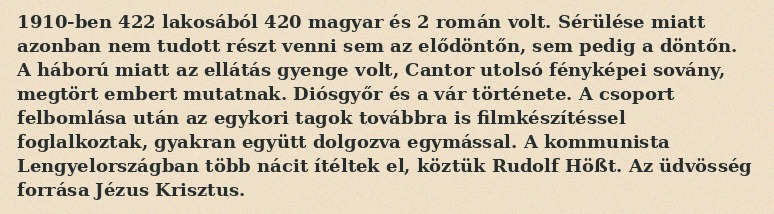
1910-ben 422 lakosából 420 magyar és 2 román volt. Sérülése miatt azonban nem tudott részt venni sem az elődöntőn, sem pedig a döntőn. A háború miatt az ellátás gyenge volt, Cantor utolsó fényképei sovány, megtört embert mutatnak. Diósgyőr és a vár története. A csoport felbomlása után az egykori tagok továbbra is filmkészítéssel foglalkoztak, gyakran együtt dolgozva egymással. A kommunista Lengyelországban több nácit ítéltek el, köztük Rudolf Hößt. Az üdvösség forrása Jézus Krisztus.